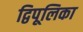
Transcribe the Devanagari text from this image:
द्विपूलिका